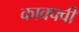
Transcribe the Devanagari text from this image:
काक्फ्वी